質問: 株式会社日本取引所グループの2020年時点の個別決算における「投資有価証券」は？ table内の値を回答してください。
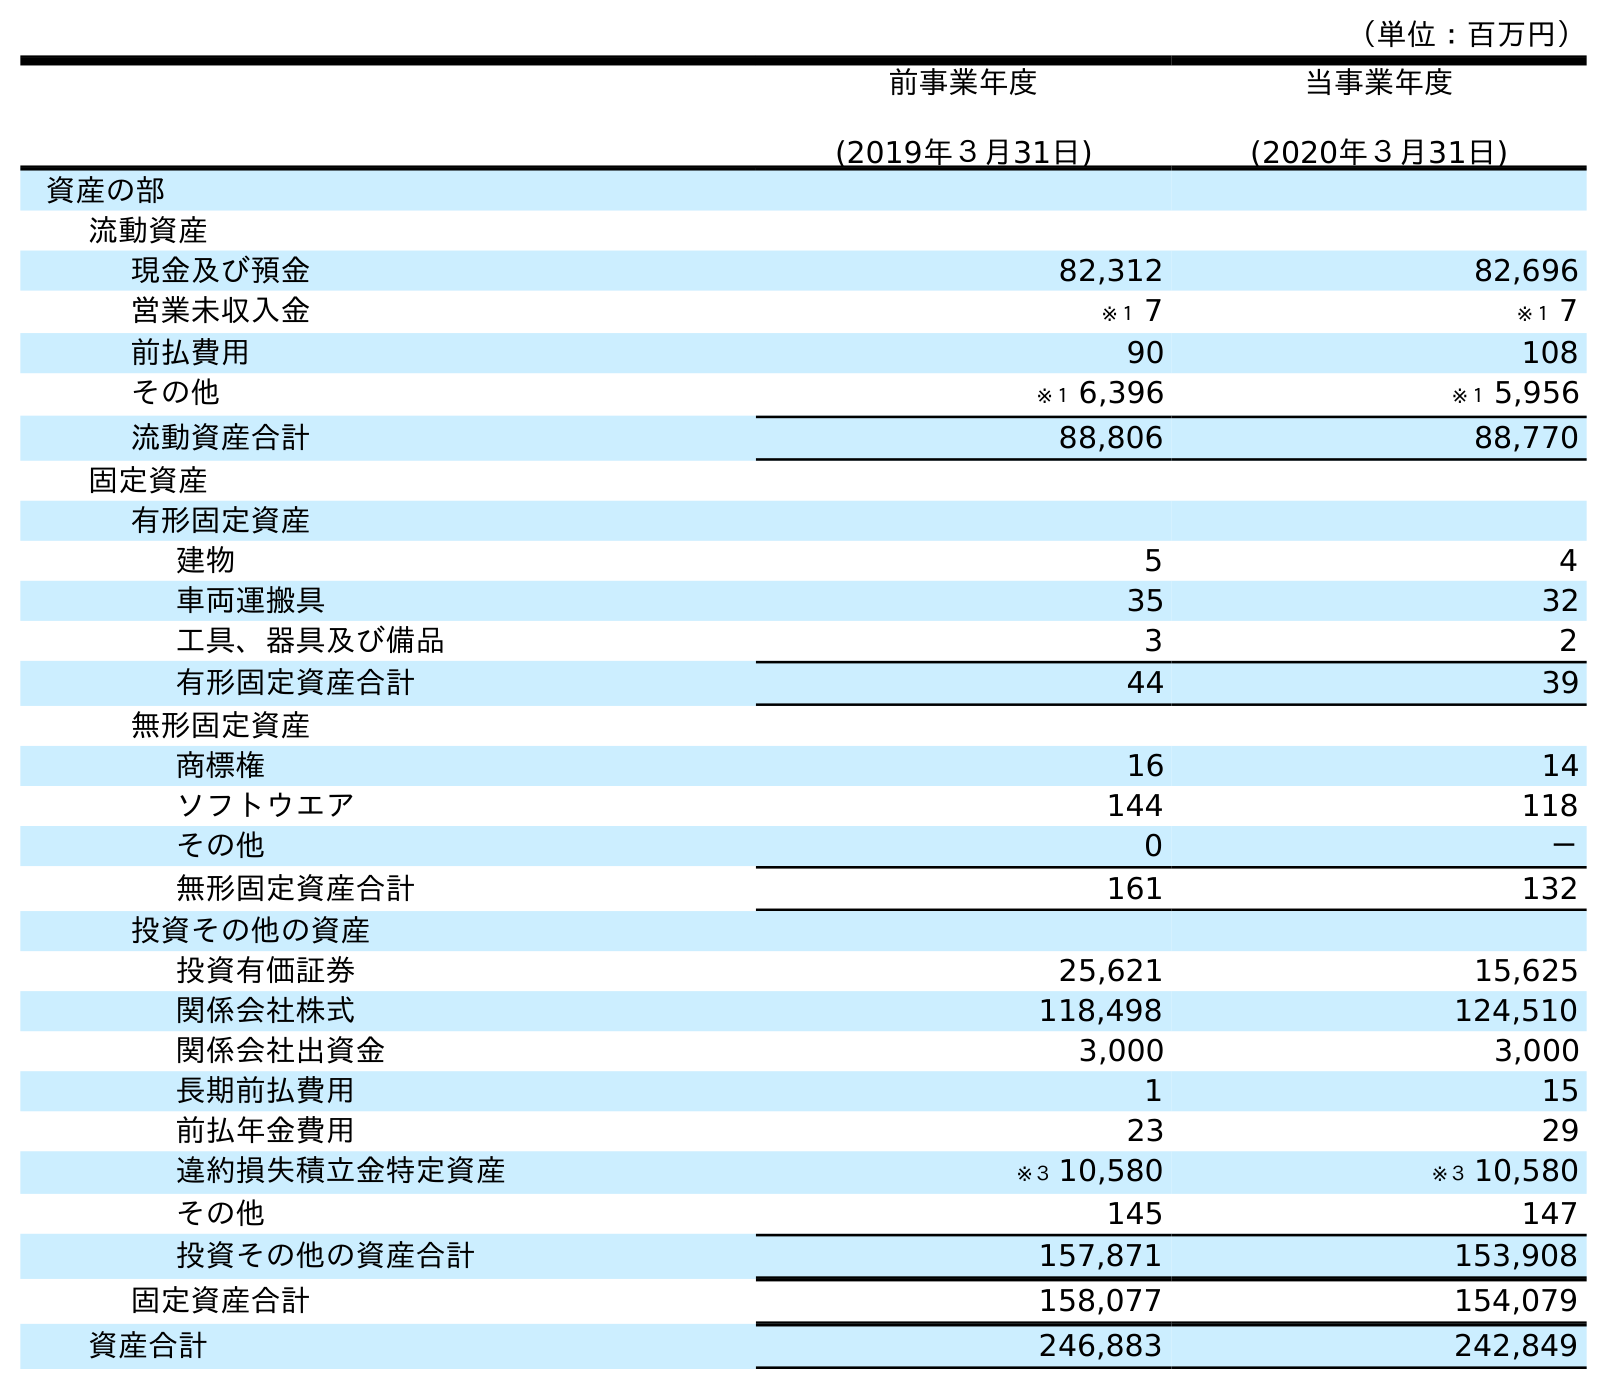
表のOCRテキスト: （単位：百万円） 前事業年度 (2019年３月31日) 当事業年度 (2020年３月31日) 資産の部 流動資産 現金及び預金 82,312 82,696 営業未収入金 ※１ 7 ※１ 7 前払費用 90 108 その他 ※１ 6,396 ※１ 5,956 流動資産合計 88,806 88,770 固定資産 有形固定資産 建物 5 4 車両運搬具 35 32 工具、器具及び備品 3 2 有形固定資産合計 44 39 無形固定資産 商標権 16 14 ソフトウエア 144 118 その他 0 － 無形固定資産合計 161 132 投資その他の資産 投資有価証券 25,621 15,625 関係会社株式 118,498 124,510 関係会社出資金 3,000 3,000 長期前払費用 1 15 前払年金費用 23 29 違約損失積立金特定資産 ※３ 10,580 ※３ 10,580 その他 145 147 投資その他の資産合計 157,871 153,908 固定資産合計 158,077 154,079 資産合計 246,883 242,849
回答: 15,625